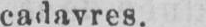
cadavres.